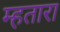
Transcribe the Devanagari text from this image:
म्हतारा